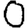
Digit: 0